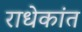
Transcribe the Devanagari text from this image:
राधेकांत